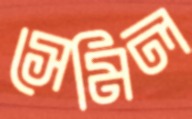
সেমিল